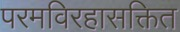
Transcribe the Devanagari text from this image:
परमविरहासक्तित